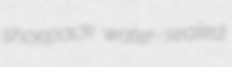
shoepack water-sealed